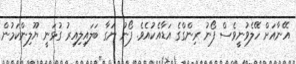
އޭނާއަށް ހޭލެވުނީވެސް ފޯނު ރިންގްގެ އަޑާއެކުއެވެ. ފޯނު ނަގާ ބަލައިލިއިރު ގުޅަނީ ޔޫލިންކަމުން